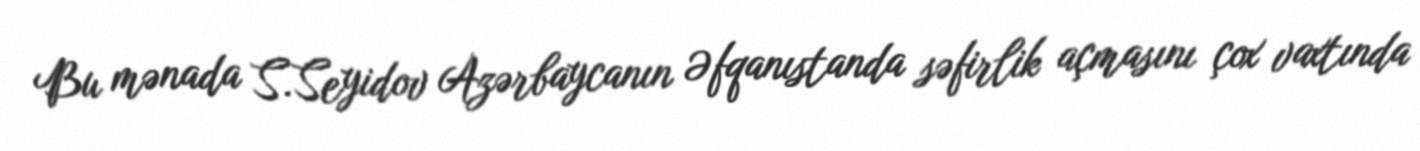
Bu mənada S.Seyidov Azərbaycanın Əfqanıstanda səfirlik açmasını çox vaxtında